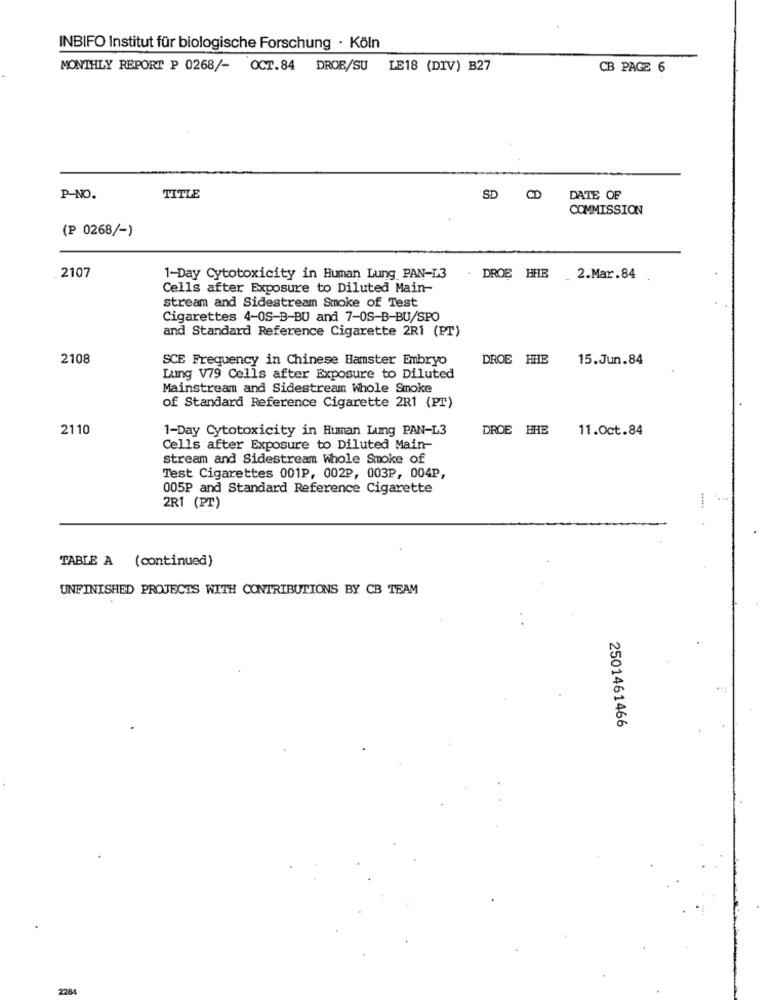
INBIFO Institut für biologische Forschung · Köln
MONTHLY REPORT P 0268/- OCT.84 DROE/SU
LE18 (DIV) B27
CB PAGE 6
P-NO.
TITLE
SD CD
DATE OF
COMMISSION
(P 0268/-)
2107
1-Day Cytotoxicity in Human Lung PAN-L3
. DROE HHB
_ 2.Mar.84
Cells after Exposure to Diluted Main-
stream and Sidestream Smoke of Test
Cigarettes 4-0S-B-BU and 7-0S-B-BU/SPO
and Standard Reference Cigarette 2R1 (PT)
2108
SCE Frequency in Chinese Hamster Embryo
DROE HHE
15.Jun.84
Lung V79 Cells after Exposure to Diluted
Mainstream and Sidestream Whole Smoke
of Standard Reference Cigarette 2R1 (PT)
2110
1-Day Cytotoxicity in Human Lung PAN-L3
DROE EHE
11.Oct.84
Cells after Exposure to Diluted Main-
stream and Sidestream whole Smoke of
Test Cigarettes 001P, 002P, 003P, 004P,
005P and Standard Reference Cigarette
2R1 (PT)
.....
TABLE A (continued)
UNFINISHED PROJECTS WITH CONTRIBUTIONS BY CB TEAM
2501461466
7285